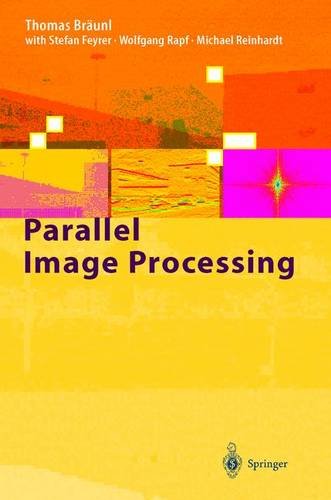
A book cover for Parallel Image Processing; Thomas Braunl; Computers & Technology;